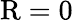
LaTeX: \mathrm{R}=0